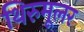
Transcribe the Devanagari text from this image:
थिरुमूलर